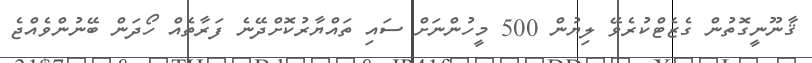
ޤާނޫނީގޮތުން ގެޒެޓްކުރެވޭ ލިޔުން 500 މީހުންނަށް ސައި ތައްޔާރުކޮށްދޭނެ ފަރާތެއް ހޯދަން ބޭނުންވެއްޖެ